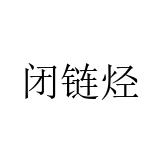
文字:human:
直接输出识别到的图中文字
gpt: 闭链烃